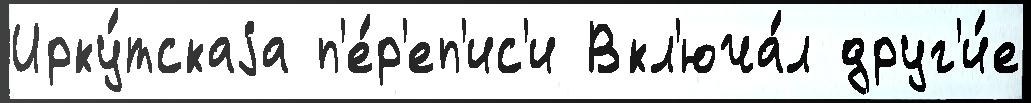
Ирку́тскаjа п'е́р'еп'ис'и Вкл'юча́л друг'и́е